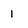
Character: 1